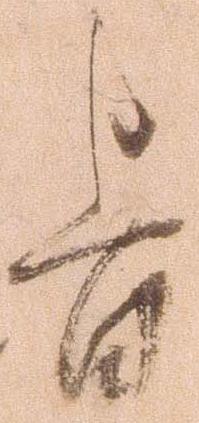
旨